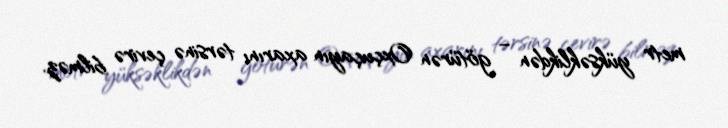
metr yüksəklikdən – götürən Oxçuçayın axarını tərsinə çevirə bilməz.